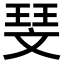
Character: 𪯥